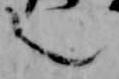
之